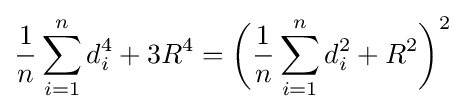
{\frac {1}{n}}\sum _{i=1}^{n}d_{i}^{4}+3R^{4}={\biggl (}{\frac {1}{n}}\sum _{i=1}^{n}d_{i}^{2}+R^{2}{\biggr )}^{2}